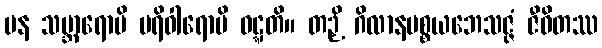
ပန သမ္ဘာရောပိ ပရိဝါရောပိ ဝဋ္ဋတိ။ တဉှိ ဂိလာနပစ္စယဘေသဇ္ဇံ ဇီဝိတဿ